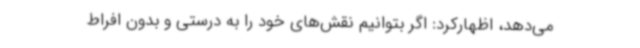
می‌دهد، اظهارکرد: اگر بتوانیم نقش‌های خود را به درستی و بدون افراط